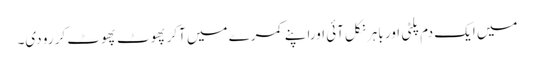
میں ایک دم پلٹی اور باہر نکل آئی اوراپنے کمرے میں آکر پھوٹ پھوٹ کر رو دی۔